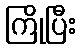
ကြိုပြီး